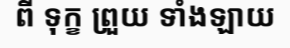
ពី ទុក្ខ ព្រួយ ទាំងឡាយ